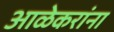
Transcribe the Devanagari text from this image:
आळेकरांना